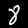
Digit: 8